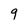
Character: 9